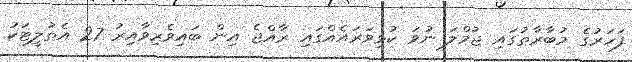
ފަހަރުގެ މުބާރާތުގައި ޖުމްލަ ނުވަ ކުޅިވަރައެއްގައި ރާއްޖެ އިން ބައިވެރިވާއިރު 27 އެތުލީޓަކު